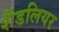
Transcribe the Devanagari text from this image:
शैंडलियर